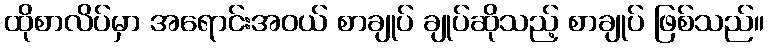
ထိုစာလိပ်မှာ အရောင်းအဝယ် စာချုပ် ချုပ်ဆိုသည့် စာချုပ် ဖြစ်သည်။